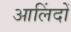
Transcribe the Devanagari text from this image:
आलिंदों